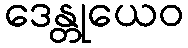
ဒေန္တုယေဝ